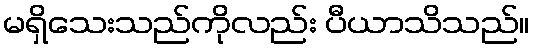
မရှိသေးသည်ကိုလည်း ပီယာသိသည်။